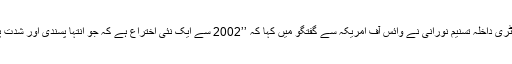
شیڈول فور کیا ہوتا ہے اس میں کونسی شخصیات کو شامل کیا جاتا ہے، اس بارے میں سابق سیکرٹری داخلہ تسنیم نورانی نے وائس آف امریکہ سے گفتگو میں کہا کہ ’’2002 سے ایک نئی اختراع ہے کہ جو انتہا پسندی اور شدت پسندی یا اس قسم کی (سرگرمیوں) میں ملوث ہیں اُن لوگوں کے نام اس فہرست میں شامل ہوتے ہیں۔